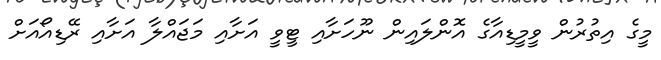
މީގެ އިތުރުން ވީމީޑިއާގެ އޮންލައިން ނޫހަށާއި ޓީވީ އަށާއި މަޖައްލާ އަށާއި ރޭޑިއޯއަށް